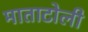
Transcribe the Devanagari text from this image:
माताटोली